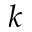
k